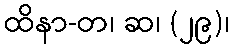
ထိနာ-တ၊ ဆ၊ (၂၉)၊